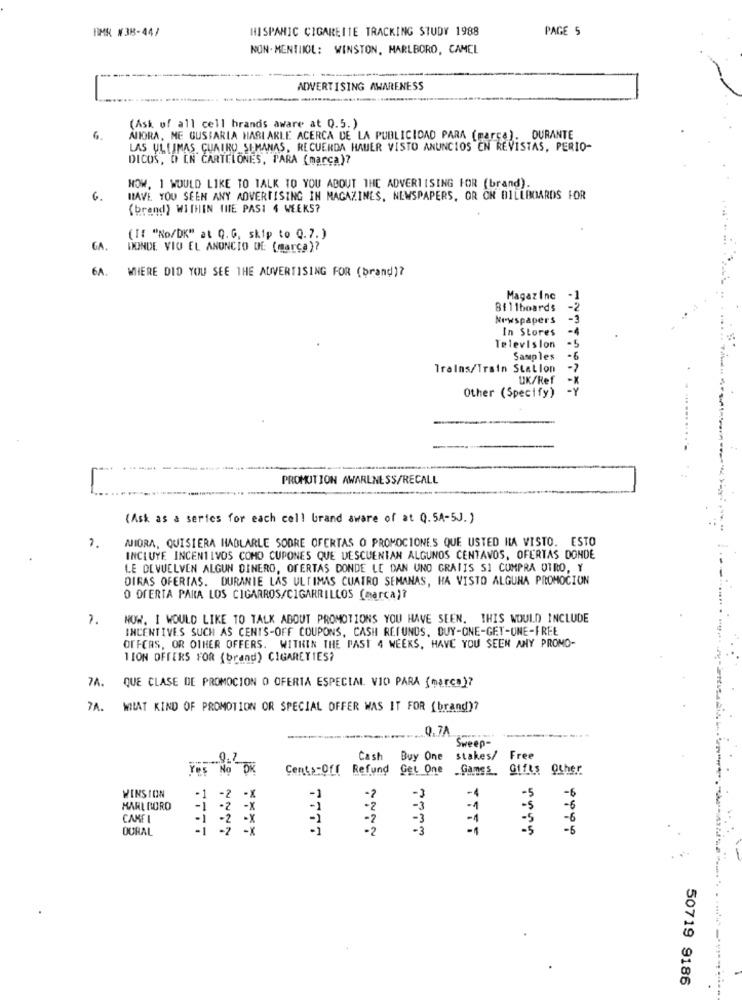
BMR #38-44/
HISPANIC CIGARETTE TRACKING STUDY 1988
PAGE 5
NON. MENTIIOL: WINSTON, MARLBORO, CAMEL
ADVERTISING AWARENESS
(Ask of all cell brands aware at Q.5.)
NIORA, ME GUSTARIA HABLARLE ACERCA DE LA PUBLICIDAD PARA (marca). DURANTE
LAS ULTIMAS. CUATRO SEMANAS, RECUERDA HAUER VISTO ANUNCIOS EN REVISTAS, PERIO-
DICOS, D EN CARTELONES, PARA (marca)?
NOW. 1 WOULD LIKE TO TALK TO YOU ABOUT THE ADVERTISING FOR (brand).
6.
HAVE YOU SEEN ANY ADVERTISING IN MAGAZINES, NEWSPAPERS, OR ON BILLBOARDS FOR
(brand) WITHIN THE PASI 4 WEEKS?
(If "No/DK" at Q. G, skip to Q.7. )
GA.
DONDE VIO EL ANUNCIO DE (marca)?
6A.
WHERE DID YOU SEE THE ADVERTISING FOR (brand)?
Magazinc
Billboards
Newspapers
In Stores
.4
Television
Samples
.6
Trains/Train Station
UK/Ref
Other (Specify)
PROMOTION AWARENESS/RECALL
(Ask as a series for each cell Grand aware of at Q. 5A-5J. )
MIORA, QUISIERA HABLARLE SODRE OFERTAS O PROMOCIONES QUE USTED HA VISTO. ESTO
1.
INCLUYE INCENTIVOS COMO CUPONES QUE DESCUENTAN ALGUNOS CENTAVOS, OFERTAS DONDE
LE DEVUELVEN ALGUN DINERO, OFERTAS DONDE LE DAN UNO GRATIS SI CUMPRA OTRO, Y
DIRAS OFERTAS. DURANTE LAS ULTIMAS CUATRO SEMANAS, HA VISTO ALGUNA PROMOCIUN
O OFERTA PARA LOS CIGARROS/CIGARRILLOS (marca)?
1.
NOW. I WOULD LIKE TO TALK ABOUT PROMOTIONS YOU HAVE SEEN. THIS WOULD INCLUDE
INCENTIVES SUCH AS CENTS-OFF COUPONS, CASH REFUNDS, BUY-ONE-GET-UNE-FREE
OFFCAS, OR OTHER OFFERS. WITHIN THE PAST 4 WEEKS, HAVE YOU SEEN ANY PROMO-
TION OFFERS FOR (brand) CIGARETTES?
7A. QUE CLASE DE PROMOCION O OFERTA ESPECIAL VIO PARA (marco)?
7A. WIRAT KIND OF PROMOTION OR SPECIAL OFFER WAS IT FOR (brand)?
0.7A
Sweep-
Cash
Buy One
stakes/ Free
Yes No DK
Cent .- Off Refund Get One _Games. 01fts Other
-5
WINSION
-1 -2 -X
-3
-4
-5
-$
MARLBORO
-1 -2 -X
-1
-1
-6
CAME I
-1 -2 -X
-2
-3
-5
-6
DURAL
-i
-2
-5
TFFT
50719 9186